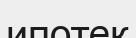
ипотек